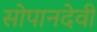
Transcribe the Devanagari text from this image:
सोपानदेवी